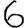
Digit: 6